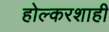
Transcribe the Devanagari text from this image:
होल्करशाही